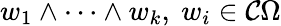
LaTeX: w_{1}\wedge\cdots\wedge w_{k},~w_{i}\in{\mathcal{C}}\Omega